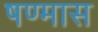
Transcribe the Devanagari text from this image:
षण्मास